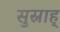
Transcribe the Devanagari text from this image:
सुस्नाह्